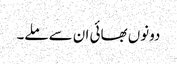
دونوں بھائی ان سے ملے۔